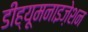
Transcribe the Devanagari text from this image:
डीह्यूमनाइज़ेशन